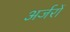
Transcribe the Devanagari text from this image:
अर्जरों